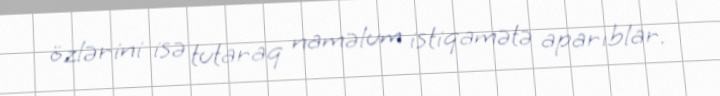
özlərini isə tutaraq naməlum istiqamətə aparıblar.